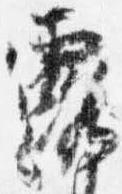
露